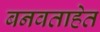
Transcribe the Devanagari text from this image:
बनवताहेत